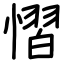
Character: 慴